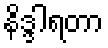
နိဒ္ဒါရတာ